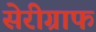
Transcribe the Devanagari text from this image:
सेरीग्राफ